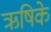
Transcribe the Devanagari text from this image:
ऋषिके